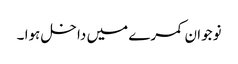
نوجوان کمرے میں داخل ہوا ۔